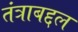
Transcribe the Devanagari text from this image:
तंत्राबद्दल